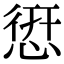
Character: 𢝐